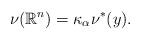
LaTeX: \begin{align*}\nu(\mathbb R^n)=\kappa_\alpha\nu^*(y).\end{align*}